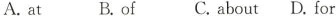
A. at B. Of C. about D. For